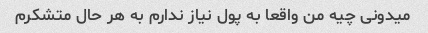
میدونی چیه من واقعا به پول نیاز ندارم به هر حال متشکرم